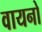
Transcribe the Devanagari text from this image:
वायनो